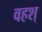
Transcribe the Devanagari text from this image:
वहश्